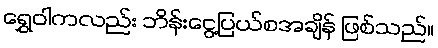
ရွှေဝါကလည်း ဘိန်းငွေ့ပြယ်စအချိန် ဖြစ်သည်။